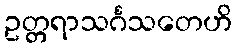
ဥတ္တရာသင်္ဂသတေဟိ